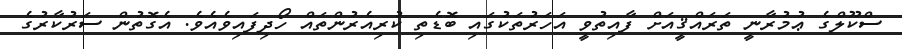
ސްކޫލްގެ ޢުމުރާނީ ތަރައްޤީއަށް ފާއިތުވީ އަހަރުތަކުގައި ބޮޑެތި ކުރިއެރުންތައް ހޯދިފައިވެއެވެ. އެގޮތުން ސަރުކާރުގެ